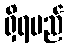
ရှိရမည်